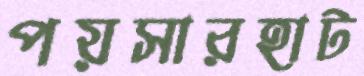
পয়সারহাট